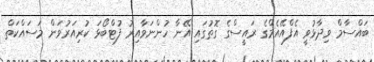
ބައްސާމް ވިދާޅުވީ އެފްއޭއެމްގެ ރައީސްގެ ގޮތުގައި އޭނާ ހުންނަވާއިރު ފުޓްބޯޅަ ކުރިއަރުވަން މަސައްކަތް